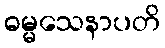
ဓမ္မသေနာပတိ